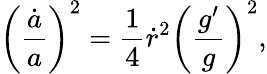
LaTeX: \left({\frac{\dot{a}}{a}}\right)^{2}={\frac{1}{4}}\dot{r}^{2}\left({\frac{g^{\prime}}{g}}\right)^{2},